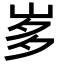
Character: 𭖚